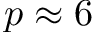
p \approx 6